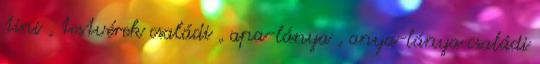
tini , testvérek családi , apa-lánya , anya-lánya családi